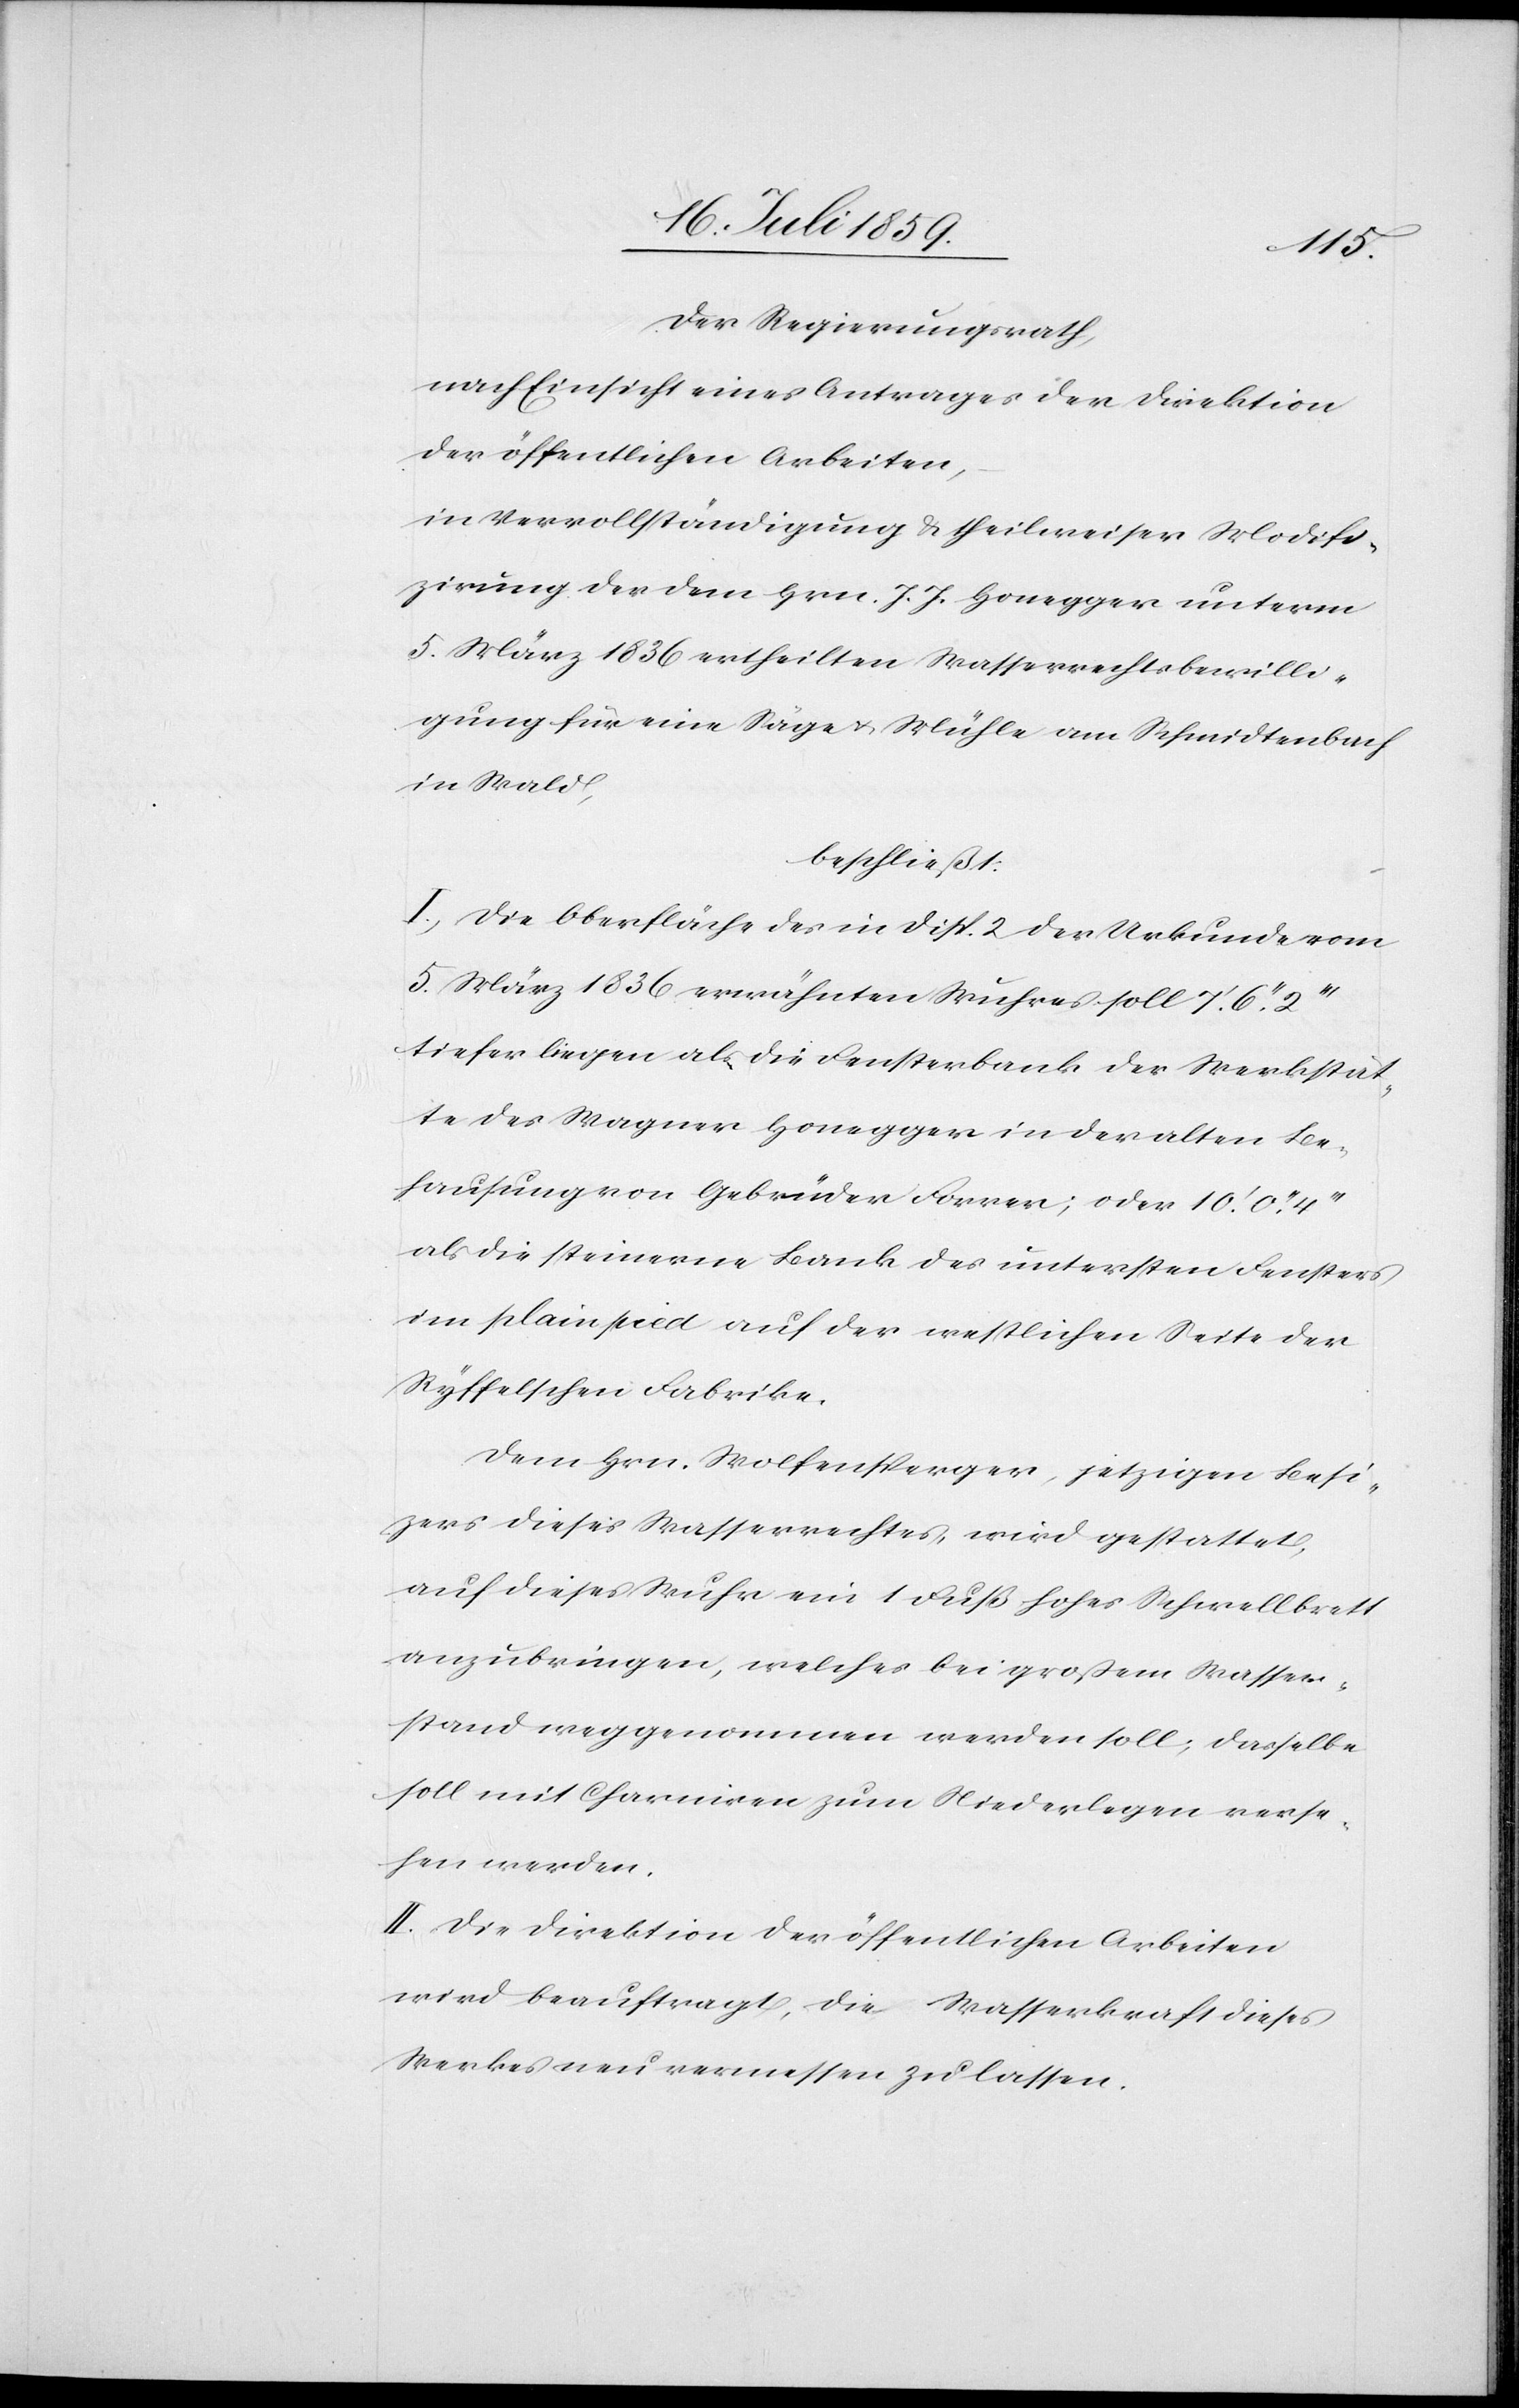
Der Regierungsrath,
nach Einsicht eines Antrages der Direktion
der öffentlichen Arbeiten,
in Vervollständigung u. theilweiser Modifi¬
zirung der dem Hrn. J. J. Honegger unterm
5. März 1836 ertheilten Wasserrechtbewilli¬
gung für eine Säge u. Mühle am Schmidtenbach
in Wald,
beschließt:
I. Die Oberfläche des in Disp. 2 der Urkunde vom
5. März 1836 erwähnten Wuhres soll 7.’ 6.’’
tiefer liegen als die Fensterbank der Werkstät¬
te des Wagner Honegger in der alten Be¬
hausung von Gebrüder Forrer; oder 10.’ 0.’’
als die steinerne Bank des untersten Fensters
im plain pied auf der westlichen Seite der
Ryffelschen Fabrike.
Dem Hrn. Wolfensperger, jetzigen Besi¬
zers [sic!] dieses Wasserrechtes, wird gestattet,
auf dieses Wuhr ein 1 Fuß hohes Schwellbrett
anzubringen, welches bei großem Wasser¬
stand weggenommen werden soll; dasselbe
soll mit Charnieren zum Niederlegen verse¬
hen werden.
II. Die Direktion der öffentlichen Arbeiten
wird beauftragt, die Wasserkraft dieses
Werkes neu vermessen zu lassen.